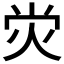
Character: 𤇑